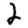
Digit: 2